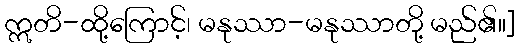
ဣတိ-ထို့ကြောင့်၊ မနုဿာ-မနုဿာတို့ မည်၏။]